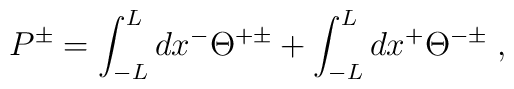
P^\pm = \int _{-L} ^L dx^- \Theta^{+\pm} + \int _{-L} ^L dx^+\Theta^{-\pm}\; ,